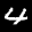
Label: 4